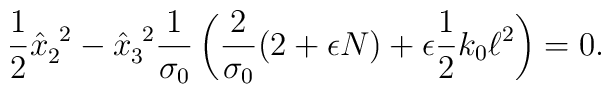
\frac{1}{2} \hat{x}_{2}^{~2} - \hat{x}_{3}^{~2} \frac{1}{\sigma_{0}}    \left( \frac{2}{\sigma_{0}} (2 + \epsilon N) + \epsilon    \frac{1}{2} k_{0} \ell^{2} \right) = 0.